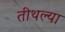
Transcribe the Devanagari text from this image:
तीथल्या